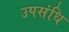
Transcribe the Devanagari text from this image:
उपसंधि